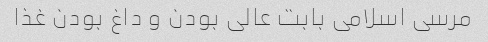
مرسی اسلامی بابت عالی بودن و داغ بودن غذا